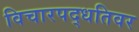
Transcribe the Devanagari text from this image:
विचारपद्धतिवर